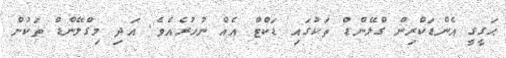
ޙަގީގީ އެންޑަކްރިން ގްލޭންޑް ތަކުގައި ޑަކްޓް އެއް ނުހުރެެއެވެ. އަދި މިގްލޭންޑް ތަކުން